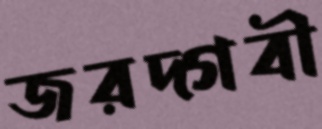
জরদ্গবী